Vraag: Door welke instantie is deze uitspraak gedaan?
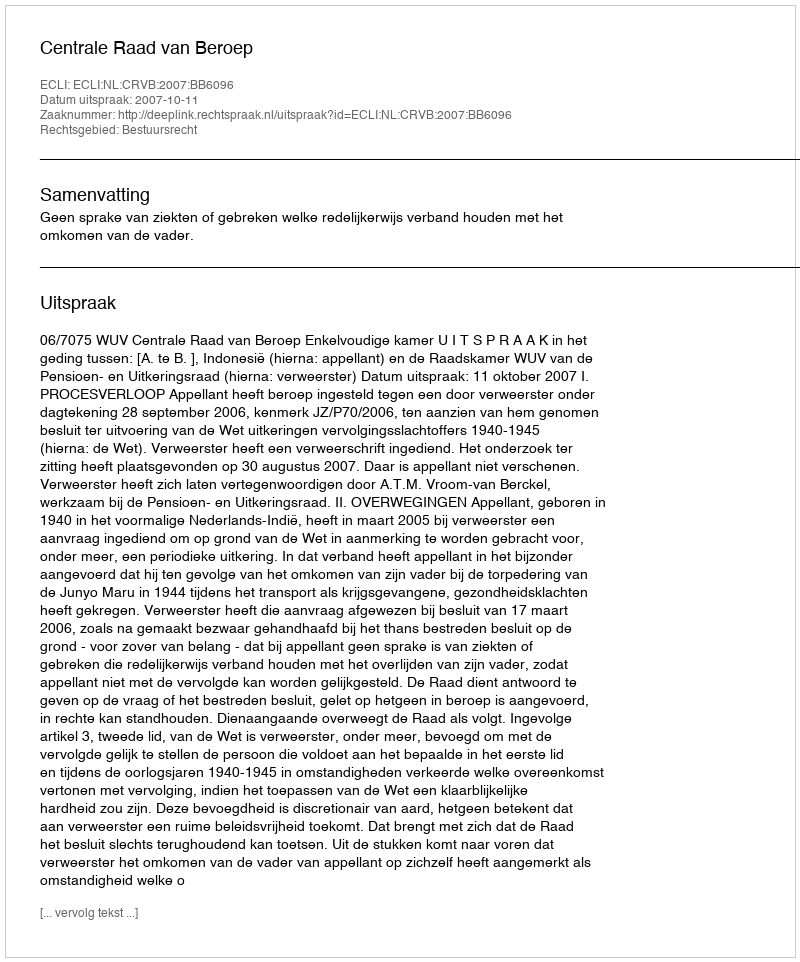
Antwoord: Centrale Raad van Beroep